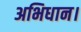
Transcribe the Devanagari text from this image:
अभिधान।